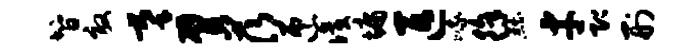
智效摹臂茨匝识墉匹峨徐黜才即刑